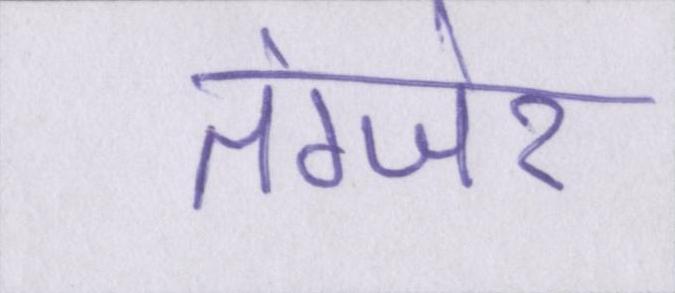
तंग्जेर